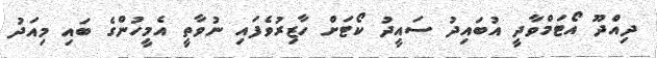
ދިއްދޫ އޯޓަމްވާދީ އުބައިދު ސައީދު ކޯޓަށް ހާޒިރުވެފައި ނުވާތީ އެމީހުންގެ ބައި މިއަދު